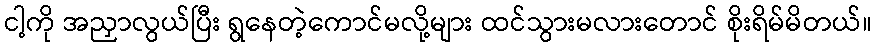
ငါ့ကို အညှာလွယ်ပြီး ရွနေတဲ့ကောင်မလို့များ ထင်သွားမလားတောင် စိုးရိမ်မိတယ်။